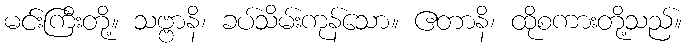
မင်းကြီးတို့။ သဗ္ဗာနိ၊ ခပ်သိမ်းကုန်သော။ ဧတာနိ၊ ထိုစကားတို့သည်။